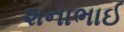
શનાભાઈ